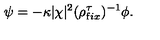
\psi = - \kappa | \chi | ^ { 2 } ( \rho _ { \mathrm f i x } ^ { \tau } ) ^ { - 1 } \phi .